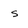
Character: S